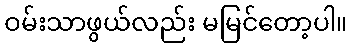
ဝမ်းသာဖွယ်လည်း မမြင်တော့ပါ။